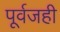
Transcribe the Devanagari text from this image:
पूर्वजही